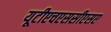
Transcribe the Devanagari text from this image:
यूटीएचएससीएसए